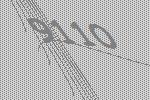
9110